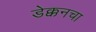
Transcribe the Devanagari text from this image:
डेक्कनचा